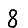
Digit: 8